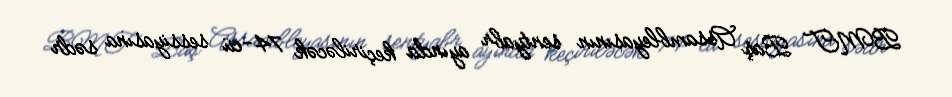
BMT Baş Assambleyasının sentyabr ayında keçiriləcək 74-cü sessiyasına sədr